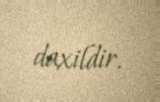
daxildir.